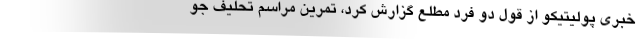
خبری پولیتیکو از قول دو فرد مطلع گزارش کرد، تمرین مراسم تحلیف جو